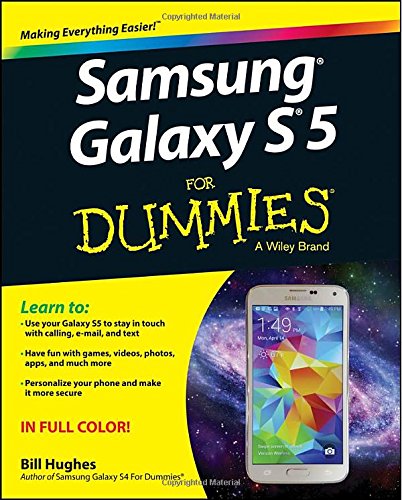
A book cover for Samsung Galaxy S5 For Dummies; Bill Hughes; Computers & Technology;